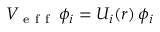
\begin{array} { r } { V _ { \mathrm { ~ e ~ f ~ f ~ } } \, \phi _ { i } = U _ { i } ( r ) \, \phi _ { i } } \end{array}